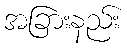
အခြားနည်း